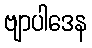
ဗျာပါဒေန